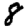
Digit: 8